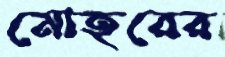
মোহরের